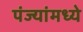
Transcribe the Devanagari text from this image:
पंज्यांमध्ये